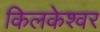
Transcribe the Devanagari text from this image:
किलकेश्‍वर